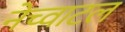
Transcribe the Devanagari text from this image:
नेच्वाटल